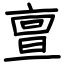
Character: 亶